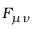
F _ { \mu \nu }